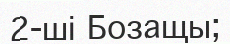
2-ші Бозащы;